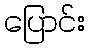
ပြောင်း